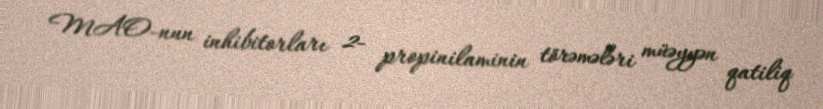
MAO-nun inhibitorları 2- propinilaminin törəmələri müəyyən qatiliq